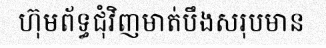
ហ៊ុមព័ទ្ធជុំវិញមាត់បឹងសរុបមាន